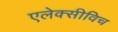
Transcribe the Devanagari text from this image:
एलेक्सीविच